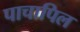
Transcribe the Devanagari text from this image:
पाचापिल